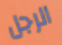
الرجل